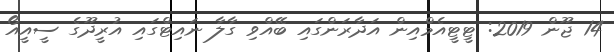
14 ޖޫން 2019: ޓީޓީއެމްއިން އަދާރަންގައި ބޭއްވި ގާލާ ނައިޓްގައި އުރީދޫގެ ސީއީއޯ